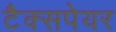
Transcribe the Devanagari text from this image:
टैक्सपेयर